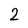
Character: 2